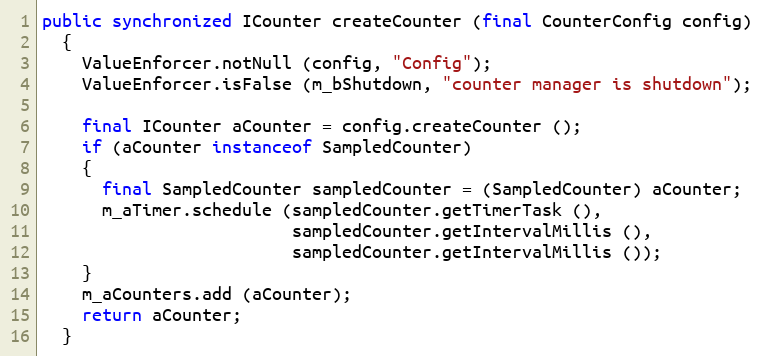
Language: Java
public synchronized ICounter createCounter (final CounterConfig config)
  {
    ValueEnforcer.notNull (config, "Config");
    ValueEnforcer.isFalse (m_bShutdown, "counter manager is shutdown");

    final ICounter aCounter = config.createCounter ();
    if (aCounter instanceof SampledCounter)
    {
      final SampledCounter sampledCounter = (SampledCounter) aCounter;
      m_aTimer.schedule (sampledCounter.getTimerTask (),
                         sampledCounter.getIntervalMillis (),
                         sampledCounter.getIntervalMillis ());
    }
    m_aCounters.add (aCounter);
    return aCounter;
  }